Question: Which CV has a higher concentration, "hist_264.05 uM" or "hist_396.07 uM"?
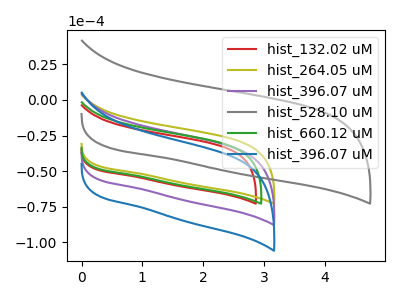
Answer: <think>The red curve "hist_132.02 uM" has no peaks. The olive curve "hist_264.05 uM" has no peaks. The purple curve "hist_396.07 uM" has no peaks. The gray curve "hist_528.10 uM" has no peaks. The green curve "hist_660.12 uM" has no peaks. The blue curve "hist_396.07 uM" has no peaks.
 Neither "hist_264.05 uM" or "hist_396.07 uM" have any peaks.</think>
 <answer>I cant tell if "hist_264.05 uM" or "hist_396.07 uM" has higher concentration.</answer>
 <eval>mixed_concentration</eval>